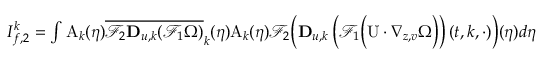
\begin{array} { r } { I _ { f , 2 } ^ { k } = \int \mathrm { A } _ { k } ( \eta ) \overline { { \mathcal { F } _ { 2 } \mathbf { D } _ { u , k } ( \mathcal { F } _ { 1 } \Omega ) } } _ { k } ( \eta ) \mathrm { A } _ { k } ( \eta ) \mathcal { F } _ { 2 } \Big ( \mathbf { D } _ { u , k } \left( \mathcal { F } _ { 1 } \Big ( \mathrm { U } \cdot \nabla _ { z , v } \Omega \Big ) \right) ( t , k , \cdot ) \Big ) ( \eta ) d \eta } \end{array}